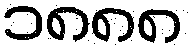
၁၈၈၈